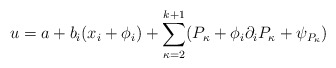
\begin{align*}u=a+b_i (x_i+\phi_i)+\sum_{\kappa=2}^{k+1} (P_\kappa+\phi_i \partial_iP_\kappa+\psi_{P_\kappa})\end{align*}